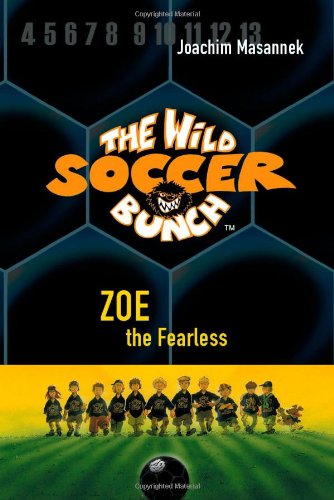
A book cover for The Wild Soccer Bunch, Book 3, Zoe the Fearless; Joachim Masannek; Children's Books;